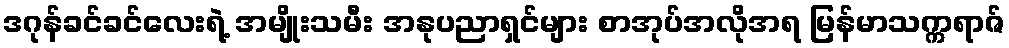
ဒဂုန်ခင်ခင်လေးရဲ့ အမျိုးသမီး အနုပညာရှင်များ စာအုပ်အလိုအရ မြန်မာသက္ကရာဇ်